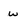
Character: w